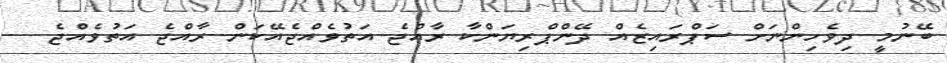
ބޭނުމީ ދިވެހިންނަށް ސަޕްރައިޒެއް ދޭންޕްރިޔަންކާ ރާއްޖެ އަތުވެއްޖެއޭކަން ރާއްޖެ އަތުވެއްޖެ